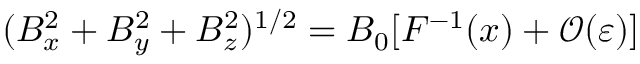
( B _ { x } ^ { 2 } + B _ { y } ^ { 2 } + B _ { z } ^ { 2 } ) ^ { 1 / 2 } = B _ { 0 } [ F ^ { - 1 } ( x ) + \mathcal { O } ( \varepsilon ) ]